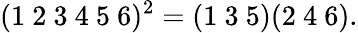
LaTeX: (1~2~3~4~5~6)^{2}=(1~3~5)(2~4~6).